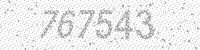
Solution: 767543